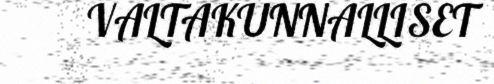
VALTAKUNNALLISET